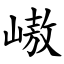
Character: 㠂